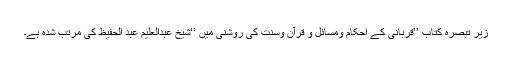
زیر تبصرہ کتاب ’’قربانی کے احکام ومسائل و قرآن وسنت کی روشنی میں ‘‘شیخ عبدالعلیم عبد الحفیظ کی مرتب شدہ ہے۔